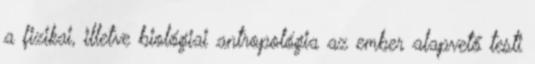
a fizikai, illetve biológiai antropológia az ember alapvető testi